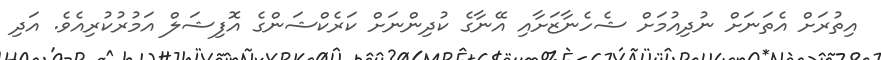
އިތުރަށް އެތަނަށް ނުދިއުމަށް ޝެހެނާޒަށާއި އޭނާގެ ކުދިންނަށް ކަރެކްޝަންގެ އޮފިޝަލް އަމުރުކުރިއެވެ. އަދި